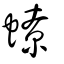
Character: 蟟